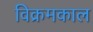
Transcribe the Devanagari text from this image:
विक्रमकाल